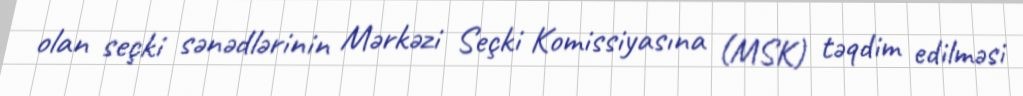
olan seçki sənədlərinin Mərkəzi Seçki Komissiyasına (MSK) təqdim edilməsi